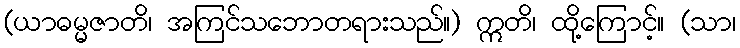
(ယာဓမ္မဇာတိ၊ အကြင်သဘောတရားသည်။) ဣတိ၊ ထို့ကြောင့်။ (သာ၊